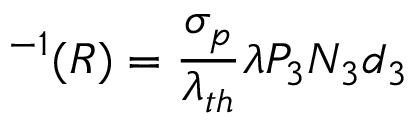
^ { - 1 } ( R ) = \frac { \sigma _ { p } } { \lambda _ { t h } } \lambda P _ { 3 } N _ { 3 } d _ { 3 }